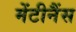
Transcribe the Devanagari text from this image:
मेंटीनैंस